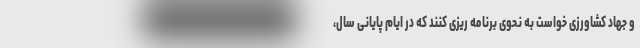
و جهاد کشاورزی خواست به نحوی برنامه ریزی کنند که در ایام پایانی سال،